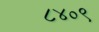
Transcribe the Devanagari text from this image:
८४०९